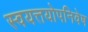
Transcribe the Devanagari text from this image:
स्वयत्तयोपनिवेष